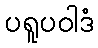
ပရူပဝါဒံ